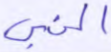
النبي